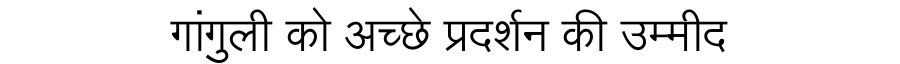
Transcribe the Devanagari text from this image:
गांगुली को अच्छे प्रदर्शन की उम्मीद